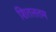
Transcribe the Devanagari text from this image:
शितलतम